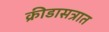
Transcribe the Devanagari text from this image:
क्रीडासत्रात